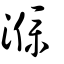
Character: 濮